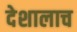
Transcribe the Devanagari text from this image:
देशालाच